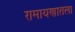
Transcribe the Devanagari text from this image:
रामायणातला